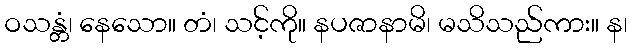
ဝသန္တံ၊ နေသော။ တံ၊ သင့်ကို။ နပဇာနာမိ၊ မသိသည်ကား။ န၊